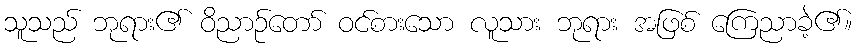
သူသည် ဘုရား၏ ဝိညာဉ်တော် ဝင်စားသော လူသား ဘုရား အဖြစ် ကြေညာခဲ့၏။